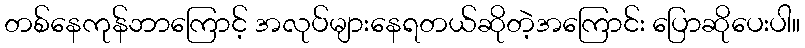
တစ်နေကုန်ဘာကြောင့် အလုပ်များနေရတယ်ဆိုတဲ့အကြောင်း ပြောဆိုပေးပါ။